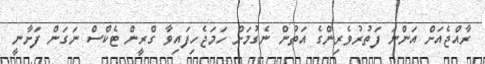
ރާއްޖެއަށް އަންނަ ފަތުރުވެރިންގެ އަތުން ނެގުމަށް ހަމަޖެހިފައިވާ ގްރީން ޓެކްސް ނަގަން ފަށާނީ